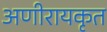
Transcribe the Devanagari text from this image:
अणीरायकृत